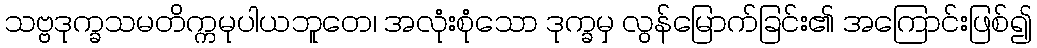
သဗ္ဗဒုက္ခသမတိက္ကမုပါယဘူတေ၊ အလုံးစုံသော ဒုက္ခမှ လွန်မြောက်ခြင်း၏ အကြောင်းဖြစ်၍